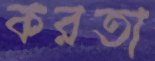
করতা